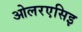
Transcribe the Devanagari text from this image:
ओलरएसिइ